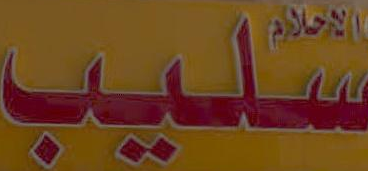
سلیب